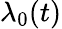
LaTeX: \lambda_{0}(t)